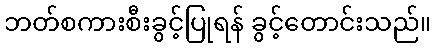
ဘတ်စကားစီးခွင့်ပြုရန် ခွင့်တောင်းသည်။